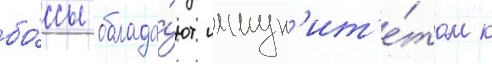
бо́ссы облада́ют иммун'ит'е́том к